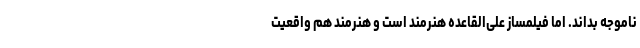
ناموجه بداند. اما فیلمساز علی‌القاعده هنرمند است و هنرمند هم واقعیت